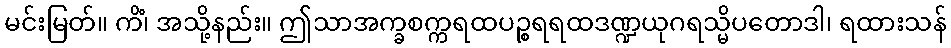
မင်းမြတ်။ ကိံ၊ အသို့နည်း။ ဤသာအက္ခစက္ကရထပဉ္စရရထဒဏ္ဍယုဂရသ္မိပတောဒါ၊ ရထားသန်